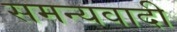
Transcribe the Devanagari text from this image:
समन्यवादी